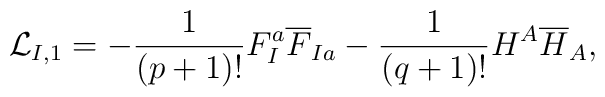
{\cal L}_{I,1}= -\frac{1}{(p+1)!} F_I^a {\overline F}_{Ia} -\frac{1}{(q+1)!} H^A {\overline H}_A,